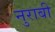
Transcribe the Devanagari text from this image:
नुराबी